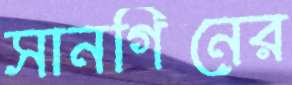
সানগিনের